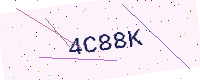
Text: 4C88K